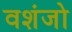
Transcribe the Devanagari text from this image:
वशंजो